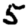
Digit: 5